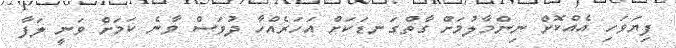
ފިޔަވަހި އެއްކޮށް ނިންމާލުމަށް ގާތްގަނޑަކަށް އަހަރެއްހާ ދުވަސް ވާނެ ކަމަށް ވަނީ ލަފާ